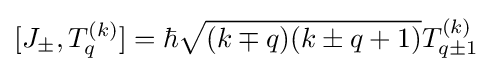
[J_{\pm },T_{q}^{(k)}]=\hbar {\sqrt {(k\mp q)(k\pm q+1)}}T_{q\pm 1}^{(k)}